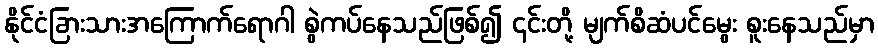
နိုင်ငံခြားသားအကြောက်ရောဂါ စွဲကပ်နေသည်ဖြစ်၍ ၎င်းတို့ မျက်စိဆံပင်မွေး စူးနေသည်မှာ